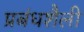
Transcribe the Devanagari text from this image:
प्रबंधशैली